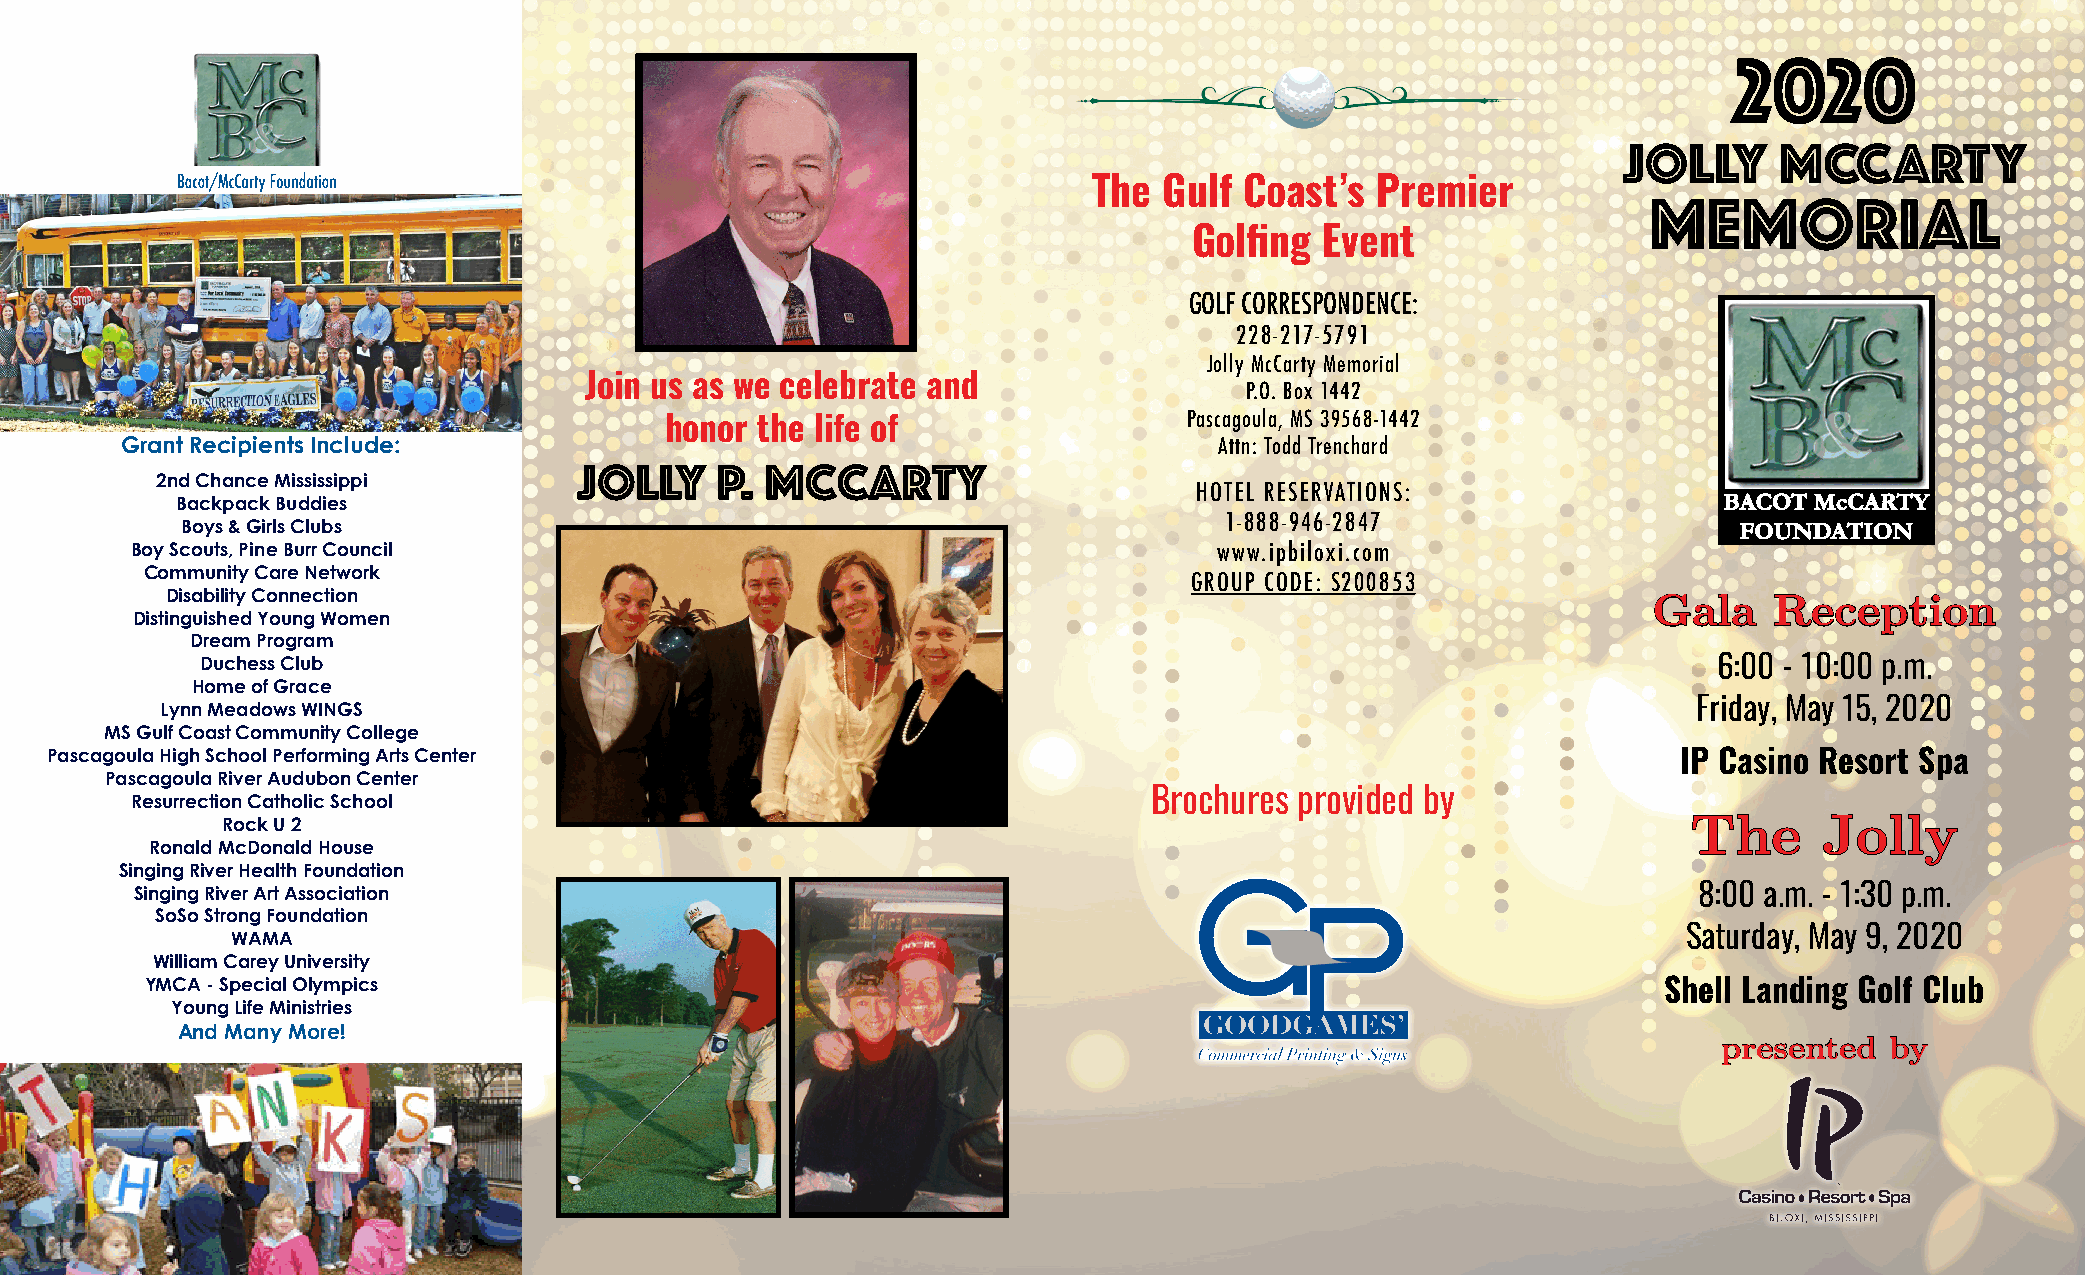
2020
 JOLLY      MCCARTY
 The  Gulf Coast’s  Premier
 MEMORIAL
 Golfing  Event
 GOLF CORRESPONDENCE:
 228-217-5791
 Jolly McCarty Memorial
 Join us as we celebrate and                P.O. Box 1442
 Pascagoula, MS 39568-1442
 honor the life of
 Grant Recipients Include:                                                Attn: Todd Trenchard
 Jolly    P.  McCarty
 2nd Chance Mississippi
 HOTEL RESERVATIONS:
 Backpack Buddies
 Boys & Girls Clubs                                                   1-888-946-2847
 Boy Scouts, Pine Burr Council                                           www.ipbiloxi.com
 Community Care Network
 GROUP CODE: S200853
 Disability Connection
 GGaallaa RReecceeppttiioonn
 Distinguished Young Women
 Dream Program
 Duchess Club                                                                                         6:00 - 10:00 p.m.
 Home of Grace
 Lynn Meadows WINGS                                                                                   Friday, May 15, 2020
 MS Gulf Coast Community College
 Pascagoula High School Performing Arts Center                                                               IP Casino Resort Spa
 Pascagoula River Audubon Center
 Resurrection Catholic School                                       Brochures provided by
 Rock U 2                                                                                         TThhee   JJoollllyy
 Ronald McDonald House
 Singing River Health Foundation
 Singing River Art Association                                                                          8:00 a.m. - 1:30 p.m.
 SoSo Strong Foundation
 WAMA                                                                                             Saturday, May 9, 2020
 William Carey University
 YMCA - Special Olympics                                                                             Shell Landing Golf Club
 Young Life Ministries
 And Many More!
 pprreesseenntteedd bbyy